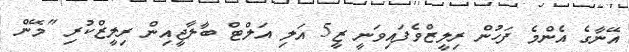
އޭނާގެ އެންމެ ފަހުން ރިލީޒްވެފައިވަނީ ޒީ5 އަލި އަލްޓް ބާލާޖީއިން ރިލީޒްކުރި "މޭން